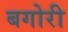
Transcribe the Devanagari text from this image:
बगोरी